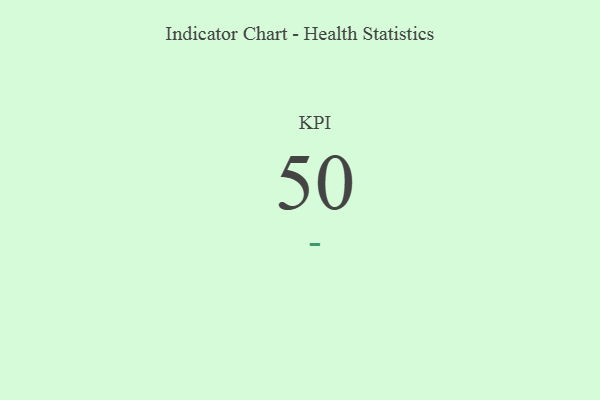
{"axis": {"x": "KPI", "y": "Value"}, "legend": [""], "data": [{"x": "KPI", "y": 50, "type": ""}]}